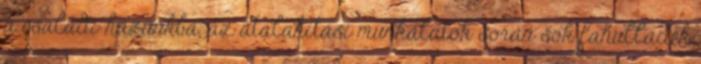
a családi házunkba, az átalakítási munkálatok során sok fahulladék